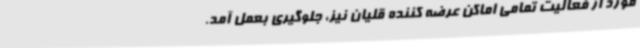
مورد از فعالیت تمامی اماکن عرضه کننده قلیان نیز، جلوگیری بعمل آمد.